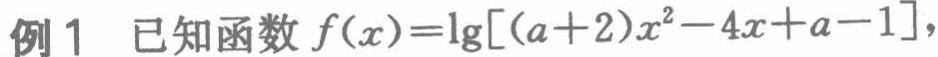
例1 已知函数\(f(x)=\lg[(a + 2)x^{2}-4x + a - 1]\)，